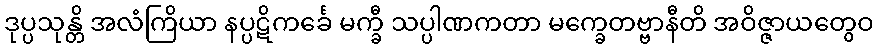
ဒုပ္ပသုန္တိ အလံကြိယာ နပ္ပဋိကင်္ခေ မက္ခီ သပ္ပါဏကတာ မက္ခေတဗ္ဗာနီတိ အဝိဇ္ဇာယတွေဝ